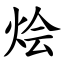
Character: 烩